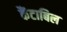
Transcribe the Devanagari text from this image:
कैंटाबिल